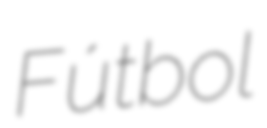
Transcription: Fútbol